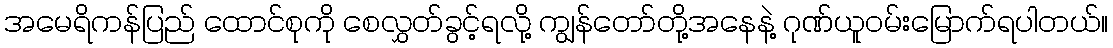
အမေရိကန်ပြည် ထောင်စုကို စေလွှတ်ခွင့်ရလို့ ကျွန်တော်တို့အနေနဲ့ ဂုဏ်ယူဝမ်းမြောက်ရပါတယ်။